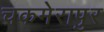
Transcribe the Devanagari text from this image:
चकमेरापुर